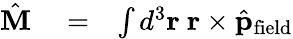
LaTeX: \begin{array}{rlr}{\hat{\mathbf M}}&{{}=}&{\int d^{3}{\mathbf r}\ {\mathbf r}\times\hat{\mathbf p}_{\mathrm{field}}}\end{array}